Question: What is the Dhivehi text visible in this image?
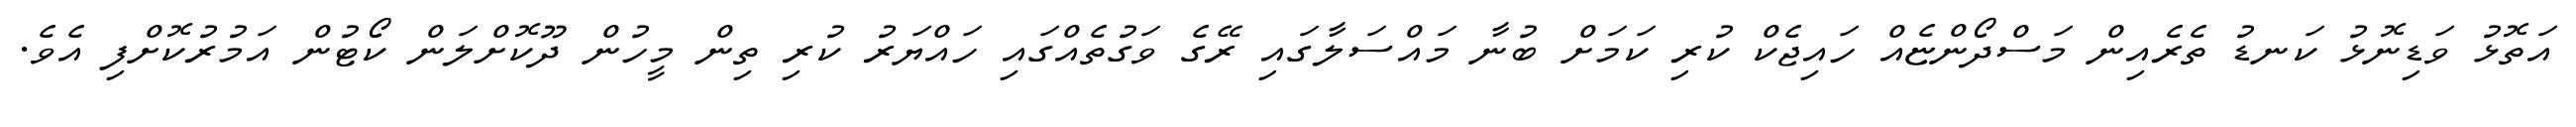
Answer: އަތޮޅު ވަޑިނޮޅު ކަނޑު ތެރެއިން މަސްދޯންޏެއް ހައިޖެކް ކުރި ކަމަށް ބުނާ މައްސަލާގައި ރޭގެ ވަގުތެއްގައި ހައްޔަރު ކުރި ތިން މީހުން ދޫކޮށްލަން ކޯޓުން އަމުރުކޮށްފި އެވެ.